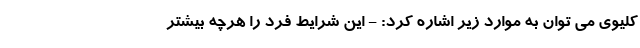
کلیوی می توان به موارد زیر اشاره کرد: - این شرایط فرد را هرچه بیشتر